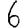
Digit: 6